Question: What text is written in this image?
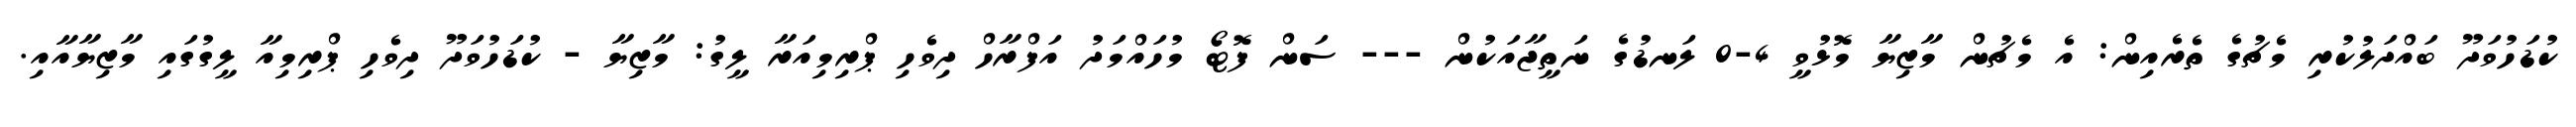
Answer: ކުޑަހުވަދޫ ބައްދަލުކުރި މެޗުގެ ތެރެއިން: އެ މެޗުން މާޒިޔާ މޮޅުވީ 4-0 ލަނޑުގެ ނަތީޖާއަކުން --- ސަން ފޮޓޯ މުހައްމަދު އަފްރާހް ދިވެހި ޕްރިމިއަރާ ލީގު: މާޒިޔާ - ކުޑަހުވަދޫ ދިވެހި ޕްރިމިއާ ލީގުގައި މާޒިޔާއާއި.